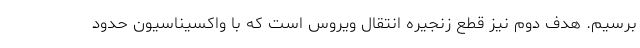
برسیم. هدف دوم نیز قطع زنجیره انتقال ویروس است که با واکسیناسیون حدود